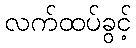
လက်ထပ်ခွင့်